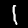
Digit: 1